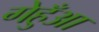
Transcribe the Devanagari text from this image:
गेहुँआ